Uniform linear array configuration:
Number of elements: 24
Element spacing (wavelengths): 1
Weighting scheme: uniform
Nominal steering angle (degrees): -15
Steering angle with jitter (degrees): -13.405
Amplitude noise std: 0.05
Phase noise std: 0.05

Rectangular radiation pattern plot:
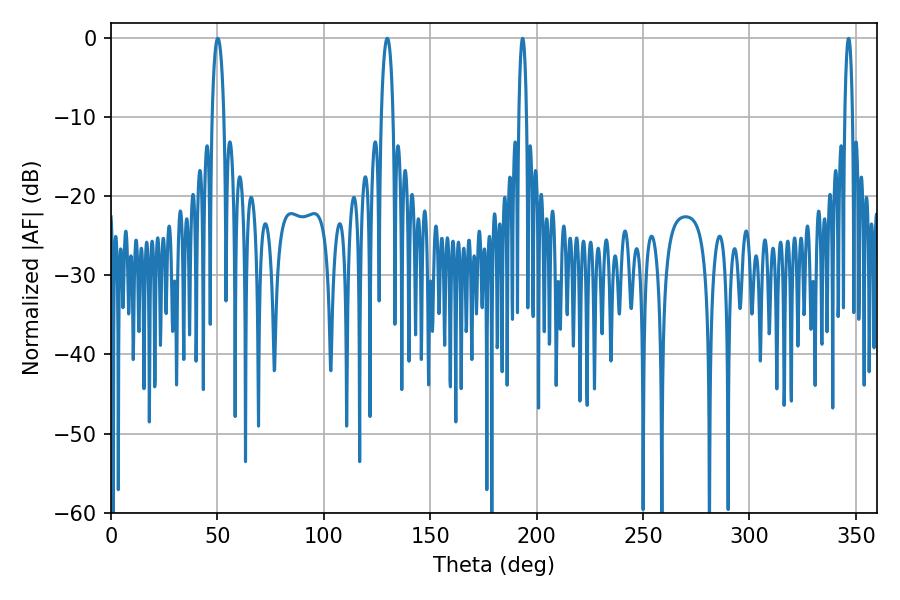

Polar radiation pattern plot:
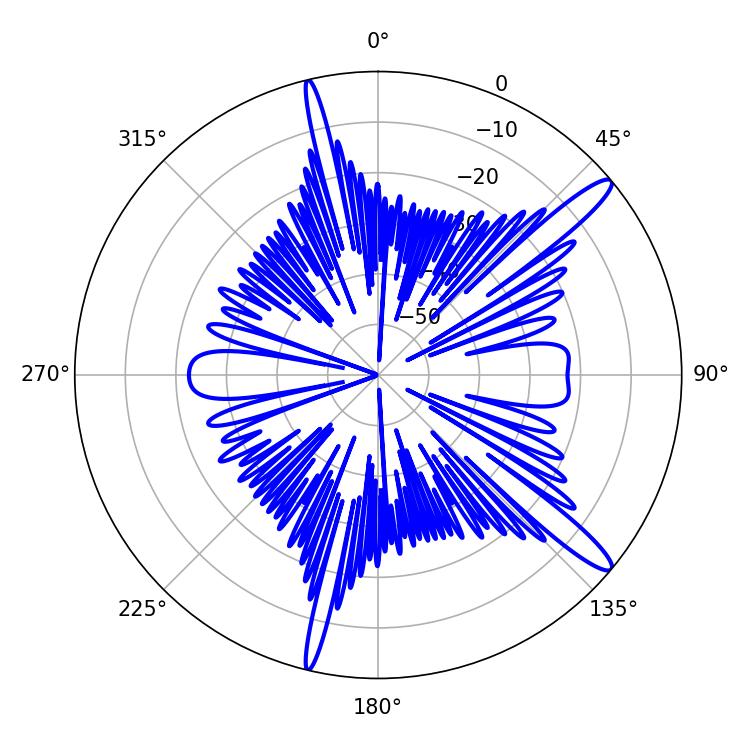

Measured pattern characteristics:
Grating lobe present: TRUE
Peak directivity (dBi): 14.048
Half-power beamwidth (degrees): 3.24
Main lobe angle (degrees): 50.22